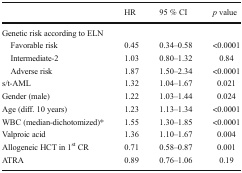
<table><thead><tr><td></td><td><b>HR</b></td><td><b>95 % CI</b></td><td><b><i>p</i> value</b></td></tr></thead><tbody><tr><td colspan="4">Genetic risk according to ELN</td></tr><tr><td> Favorable risk</td><td>0.45</td><td>0.34–0.58</td><td>&lt;0.0001</td></tr><tr><td> Intermediate-2</td><td>1.03</td><td>0.80–1.32</td><td>0.84</td></tr><tr><td> Adverse risk</td><td>1.87</td><td>1.50–2.34</td><td>&lt;0.0001</td></tr><tr><td>s/t-AML</td><td>1.32</td><td>1.04–1.67</td><td>0.021</td></tr><tr><td>Gender (male)</td><td>1.22</td><td>1.03–1.44</td><td>0.024</td></tr><tr><td>Age (diff. 10 years)</td><td>1.23</td><td>1.13–1.34</td><td>&lt;0.0001</td></tr><tr><td>WBC (median-dichotomized)*</td><td>1.55</td><td>1.30–1.85</td><td>&lt;0.0001</td></tr><tr><td>Valproic acid</td><td>1.36</td><td>1.10–1.67</td><td>0.004</td></tr><tr><td>Allogeneic HCT in 1<sup>st</sup> CR</td><td>0.71</td><td>0.58–0.87</td><td>0.001</td></tr><tr><td>ATRA</td><td>0.89</td><td>0.76–1.06</td><td>0.19</td></tr></tbody></table>